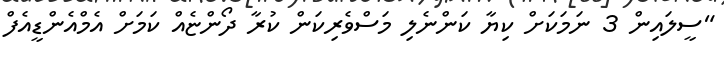
"ސީލައިން 3 ނަމަކަށް ކިޔާ ކަންނެލި މަސްވެރިކަން ކުރާ ދޯންޏެއް ކަމަށް އެމްއެންޑީއެފް